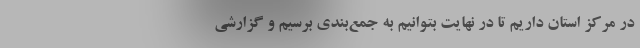
در مرکز استان داریم تا در نهایت بتوانیم به جمع‌بندی برسیم و گزارشی